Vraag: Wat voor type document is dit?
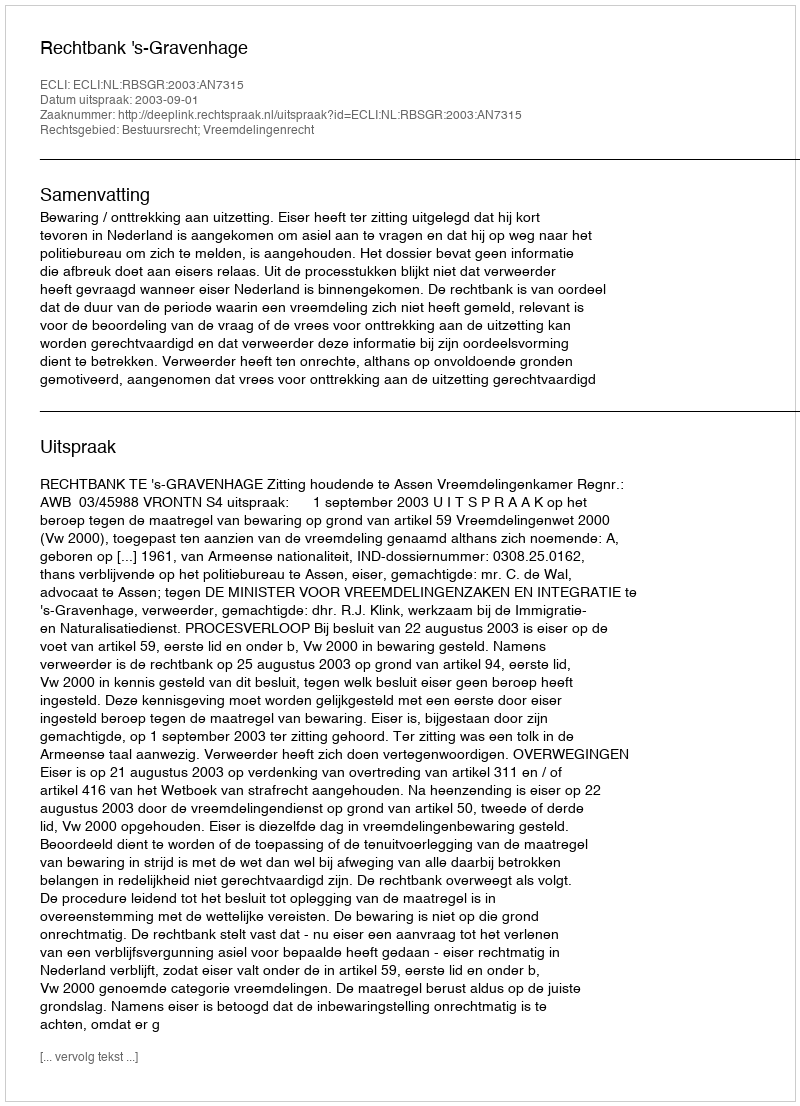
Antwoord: Uitspraak